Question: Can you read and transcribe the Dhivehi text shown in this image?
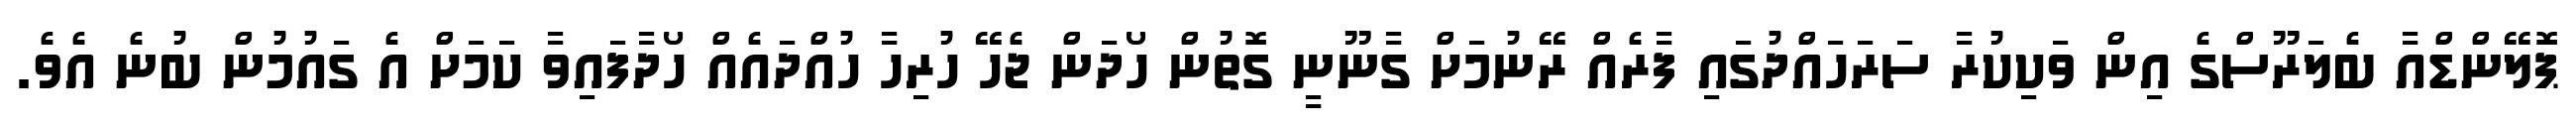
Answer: ޕޮލޭންޑްއާ ބެލަރޫސްގެ އިން ވަކިކުރާ ސަރަހައްދުގައި ފާރެއް ރޭނުމަށް ގާނޫނީ ގޮތުން ހޯދަން ޖެހޭ ހުރިހާ ހުއްދައެއް ހޯދާފައިވާ ކަމަށް އެ ގައުމުން ބުނެ އެވެ.